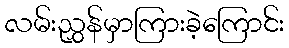
လမ်းညွှန်မှာကြားခဲ့ကြောင်း